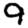
Digit: 9